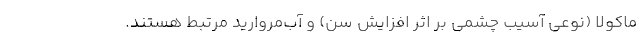
ماکولا (نوعی آسیب چشمی بر اثر افزایش سن) و آب‌مروارید مرتبط هستند.